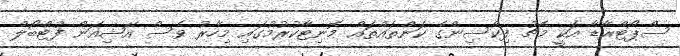
ސްޕޯޓްރާޑާ އަކީ މެޗު ފިކްސިންގެ ކަންތައްތައް މޮނިޓާކުރުމުގައި މިހާރު ވެސް އޭޝިއަން ފުޓްބޯލް